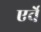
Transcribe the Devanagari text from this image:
एर्वे